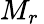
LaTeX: \textstyle{M_{r}}\,